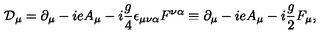
{ \cal D } _ { \mu } = \partial _ { \mu } - { i e A _ { \mu } } - i { \frac { g } { 4 } } \epsilon _ { \mu \nu \alpha } F ^ { \nu \alpha } \equiv \partial _ { \mu } - { i e A _ { \mu } } - i { \frac { g } { 2 } } F _ { \mu } ,